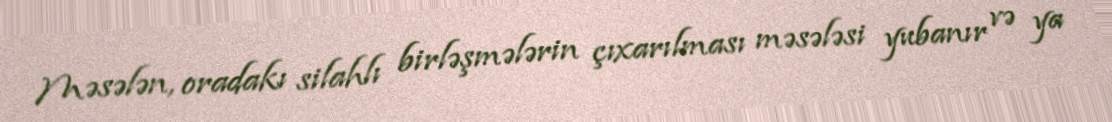
Məsələn, oradakı silahlı birləşmələrin çıxarılması məsələsi yubanır və ya